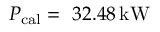
P _ { \mathrm { c a l } } = ~ 3 2 . 4 8 \, \mathrm { k W }